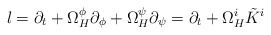
\begin{align*}l=\partial _{t}+\Omega _{H}^{\phi }\partial _{\phi }+\Omega _{H}^{\psi}\partial _{\psi }=\partial _{t}+\Omega _{H}^{i}\tilde{K}^{i}\end{align*}